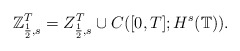
\begin{align*} \mathbb{Z}_{\frac{1}{2},s}^{T}=Z_{\frac{1}{2},s}^{T}\cup C([0,T];H^s(\mathbb{T})).\end{align*}